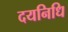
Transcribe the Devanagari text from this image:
दयनिधि